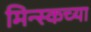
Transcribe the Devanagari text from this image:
मिन्स्कच्या